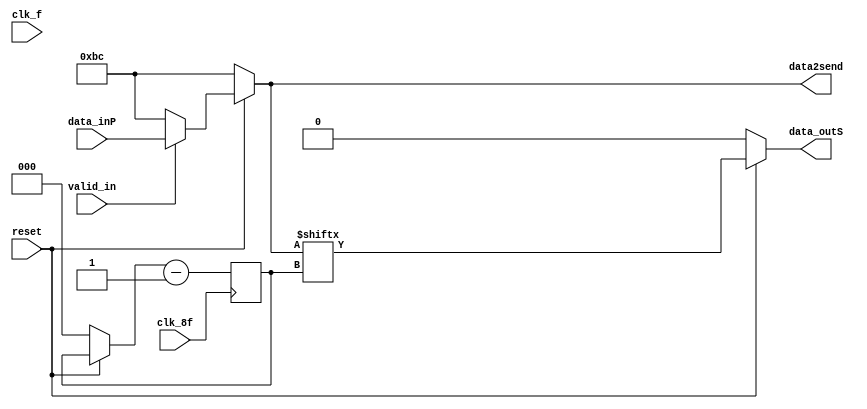
module ParaleloSerie (
  input [7:0] data_inP,
  input reset,
  input clk_8f,
  input clk_f,
  input valid_in,
  output reg  [7:0] data2send,
  output reg data_outS);

  reg [2:0] out44, out44F;
  reg [7:0] data2sendF;

  always @ (posedge clk_8f) begin
    out44F <= out44 -1;
    data2sendF <= data2send;
  end

  always @ ( * ) begin
    data_outS = data2send[out44F];
    out44 = out44F;
    if (reset == 1) begin
      if (valid_in == 1) begin
        data2send = data_inP;
      end else begin
        data2send = 'hBC;
      end
    end else begin
	  data2sendF = 'hBC;
      out44 = 8;
      data_outS = 0;
      data2send = data2sendF;
    end
  end

endmodule // ParaleloSerie